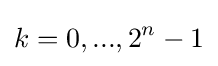
k=0,...,2^{n}-1